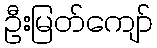
ဦးမြတ်ကျော်